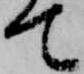
て